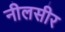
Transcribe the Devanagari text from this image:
नीलसीर